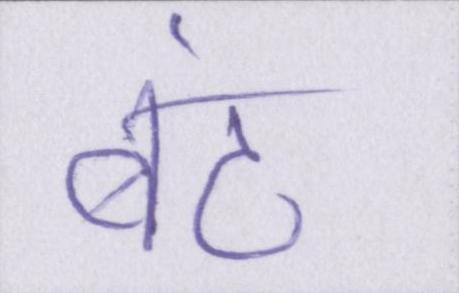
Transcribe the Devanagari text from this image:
बंट